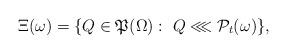
LaTeX: \begin{align*}\Xi(\omega)=\{Q\in\mathfrak{P}(\Omega):\ Q\lll\mathcal{P}_t(\omega)\},\end{align*}